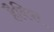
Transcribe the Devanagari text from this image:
हैबियर